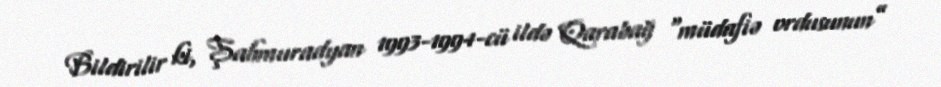
Bildirilir ki, Şahmuradyan 1993-1994-cü ildə Qarabağ “müdafiə ordusunun”